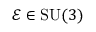
\mathcal { E } \in \mathrm { S U } ( 3 )